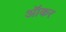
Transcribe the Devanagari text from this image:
ऑकर